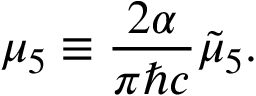
\mu _ { 5 } \equiv \frac { 2 \alpha } { \pi \hbar c } \tilde { \mu } _ { 5 } .